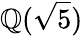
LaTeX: \mathbb{Q}({\sqrt{5}})